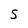
Character: 5